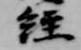
経